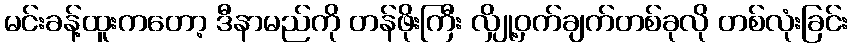
မင်းခန့်ထူးကတော့ ဒီနာမည်ကို တန်ဖိုးကြီး လျှို့ဝှက်ချက်တစ်ခုလို တစ်လုံးခြင်း